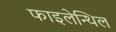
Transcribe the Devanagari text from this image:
फाइलेन्थिल